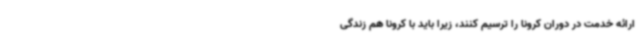
ارائه خدمت در دوران کرونا را ترسیم کنند، زیرا باید با کرونا هم زندگی